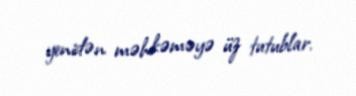
yenidən məhkəməyə üz tutublar.